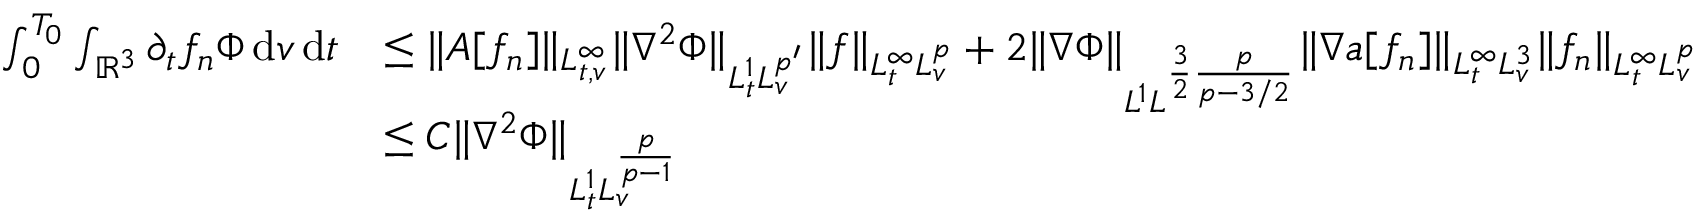
\begin{array} { r l } { \int _ { 0 } ^ { T _ { 0 } } \int _ { \ensuremath { { \mathbb R } } ^ { 3 } } \partial _ { t } f _ { n } \Phi \, \mathrm { d } v \, \mathrm { d } t } & { \le \| A [ f _ { n } ] \| _ { L _ { t , v } ^ { \infty } } \| \nabla ^ { 2 } \Phi \| _ { L _ { t } ^ { 1 } L _ { v } ^ { p ^ { \prime } } } \| f \| _ { L _ { t } ^ { \infty } L _ { v } ^ { p } } + 2 \| \nabla \Phi \| _ { L ^ { 1 } L ^ { \frac { 3 } { 2 } \frac { p } { p - 3 / 2 } } } \| \nabla a [ f _ { n } ] \| _ { L _ { t } ^ { \infty } L _ { v } ^ { 3 } } \| f _ { n } \| _ { L _ { t } ^ { \infty } L _ { v } ^ { p } } } \\ & { \le C \| \nabla ^ { 2 } \Phi \| _ { L _ { t } ^ { 1 } L _ { v } ^ { \frac { p } { p - 1 } } } } \end{array}